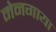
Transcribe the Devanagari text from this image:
मेनगाया